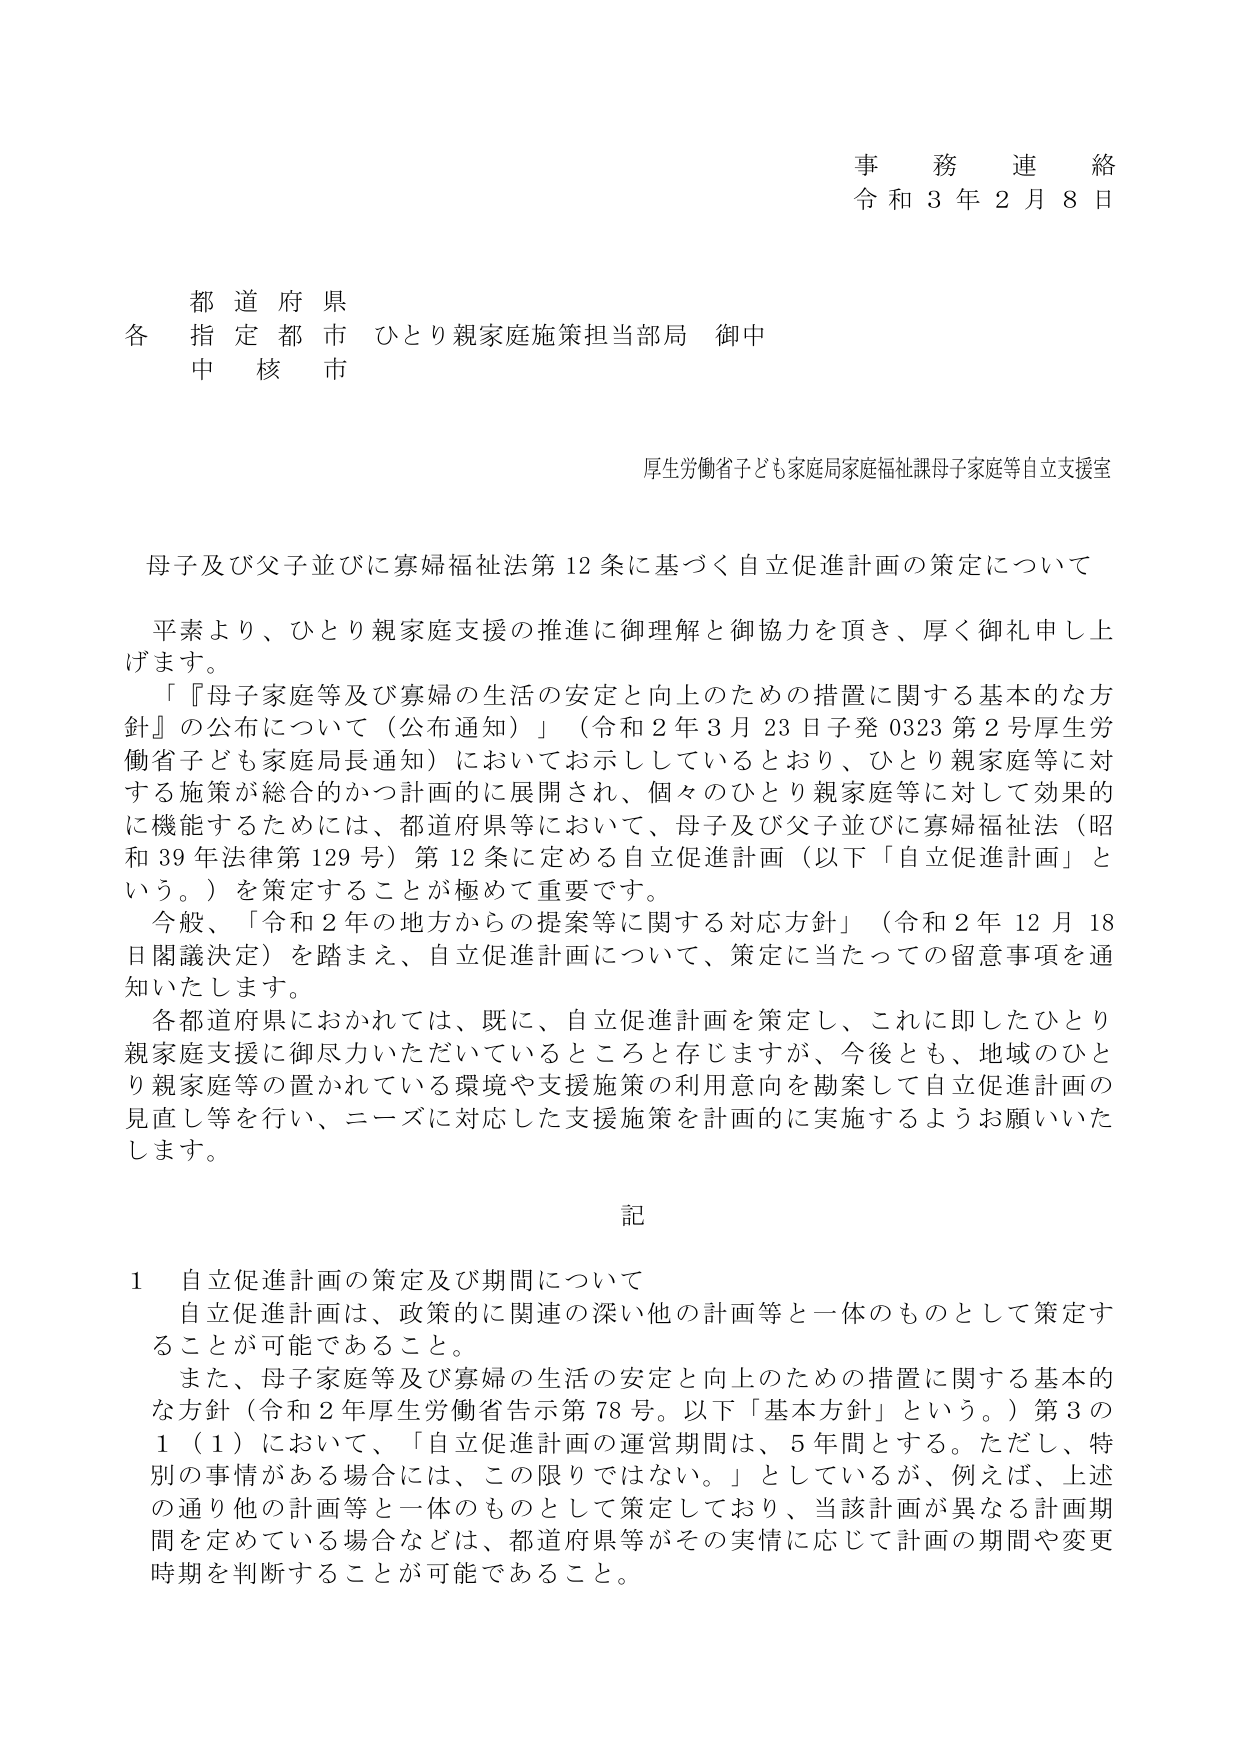
事務連絡
令和３年２月８日

都道府県
各指定都市 ひとり親家庭施策担当部局 御中
中核市

厚生労働省子ども家庭局家庭福祉課母子家庭等自立支援室

母子及び父子並びに寡婦福祉法第12条に基づく自立促進計画の策定について

平素より、ひとり親家庭支援の推進に御理解と御協力を頂き、厚く御礼申し上げます。
「『母子家庭等及び寡婦の生活の安定と向上のための措置に関する基本的な方針』の公布について（公布通知）」（令和２年３月23日子発0323第2号厚生労働省子ども家庭局長通知）においてお示ししているとおり、ひとり親家庭等に対する施策が総合的かつ計画的に展開され、個々のひとり親家庭等に対して効果的に機能するためには、都道府県等において、母子及び父子並びに寡婦福祉法（昭和39年法律第129号）第12条に定める自立促進計画（以下「自立促進計画」という。）を策定することが極めて重要です。
今般、「令和２年の地方からの提案等に関する対応方針」（令和２年12月18日閣議決定）を踏まえ、自立促進計画について、策定に当たっての留意事項を通知いたします。
各都道府県におかれては、既に、自立促進計画を策定し、これに即したひとり親家庭支援に御尽力いただいているところと存じますが、今後とも、地域のひとり親家庭等の置かれている環境や支援施策の利用意向を勘案して自立促進計画の見直し等を行い、ニーズに対応した支援施策を計画的に実施するようお願いいたします。

記

１ 自立促進計画の策定及び期間について
自立促進計画は、政策的に関連の深い他の計画等と一体のものとして策定することが可能であること。
また、母子家庭等及び寡婦の生活の安定と向上のための措置に関する基本的な方針（令和２年厚生労働省告示第78号。以下「基本方針」という。）第3の1（1）において、「自立促進計画の運営期間は、5年間とする。ただし、特別の事情がある場合には、この限りではない。」としているが、例えば、上述の通り他の計画等と一体のものとして策定しており、当該計画が異なる計画期間を定めている場合などは、都道府県等がその実情に応じて計画の期間や変更時期を判断することが可能であること。